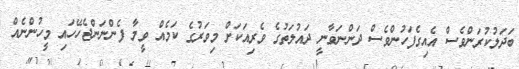
ބަދަލުކުރަންވެސް އެއިގެފަހުންވެސް ދަންނަވާނީ ދައުލަތުގެ ވެރިއަކަށް މިވަރުގެ ކަމެއް ވީމާ ފެންނަންޖެހޭހައި މީހުންނެއް